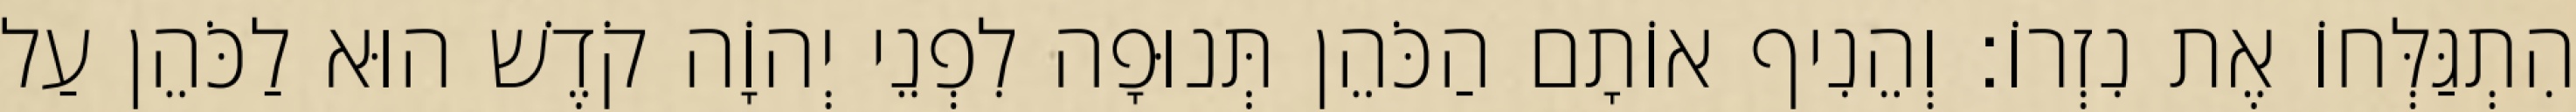
הִתְגַּלְּחוֹ אֶת נִזְרוֹ׃ וְהֵנִיף אוֹתָם הַכֹּהֵן תְּנוּפָה לִפְנֵי יְהוָֹה קֹדֶשׁ הוּא לַכֹּהֵן עַל